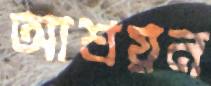
আশ্রয়ন